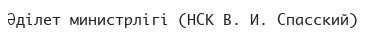
Әділет министрлігі (НСК В. И. Спасский)